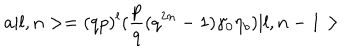
a \vert l , n > = ( q p ) ^ { l } ( { \frac { p } { q } } ( q ^ { 2 n } - 1 ) \gamma _ { 0 } \eta _ { b } ) \vert l , n - 1 >